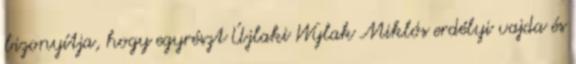
bizonyítja, hogy egyrészt Újlaki Wylak Miklós erdélyi vajda és